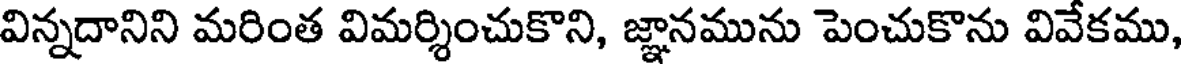
విన్నదానిని మరింత విమర్శించుకొని, జ్ఞానమును పెంచుకొను వివేకము,